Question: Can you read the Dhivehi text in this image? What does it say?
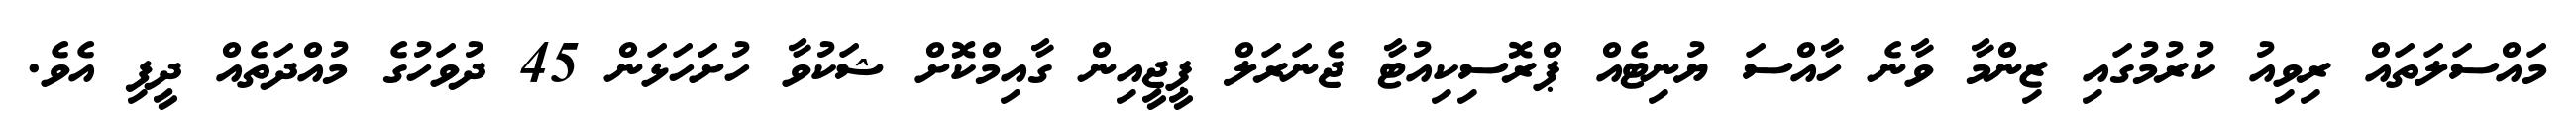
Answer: މައްސަލަތައް ރިވިއު ކުރުމުގައި ޒިންމާ ވާނެ ހާއްސަ ޔުނިޓެއް ޕްރޮސިކިއުޓާ ޖެނަރަލް ޕީޖީއިން ގާއިމްކޮށް ޝަކުވާ ހުށަހަޅަން 45 ދުވަހުގެ މުއްދަތެއް ދީފި އެވެ.